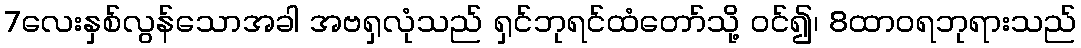
7လေးနှစ်လွန်သောအခါ အဗရှလုံသည် ရှင်ဘုရင်ထံတော်သို့ ဝင်၍၊ 8ထာဝရဘုရားသည်